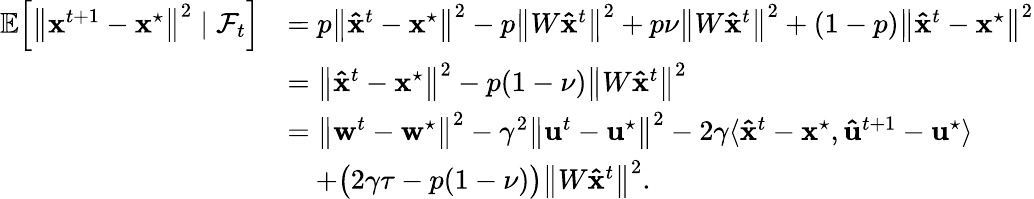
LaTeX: \begin{array}{rl}{\mathbb{E}\! \left[\left\| \mathbf{x}^{t+1}-\mathbf{x}^{\star}\right\| ^{2}\; |\; \mathcal{F}_{t}\right]}&{=p\left\| \mathbf{\hat{x}}^{t}-\mathbf{x}^{\star}\right\| ^{2}-p\left\| W\mathbf{\hat{x}}^{t}\right\| ^{2}+p\nu\left\| W\mathbf{\hat{x}}^{t}\right\| ^{2}+(1-p)\left\| \mathbf{\hat{x}}^{t}-\mathbf{x}^{\star}\right\| ^{2}}\\ &{=\left\| \mathbf{\hat{x}}^{t}-\mathbf{x}^{\star}\right\| ^{2}-p(1-\nu)\left\| W\mathbf{\hat{x}}^{t}\right\| ^{2}}\\ &{=\left\| \mathbf{w}^{t}-\mathbf{w}^{\star}\right\| ^{2}-\gamma^{2}\left\| \mathbf{u}^{t}-\mathbf{u}^{\star}\right\| ^{2}-2\gamma\langle\mathbf{\hat{x}}^{t}-\mathbf{x}^{\star},\mathbf{\hat{u}}^{t+1}-\mathbf{u}^{\star}\rangle}\\ &{\quad+\big(2\gamma\tau-p(1-\nu)\big)\left\| W\mathbf{\hat{x}}^{t}\right\| ^{2}.}\end{array}